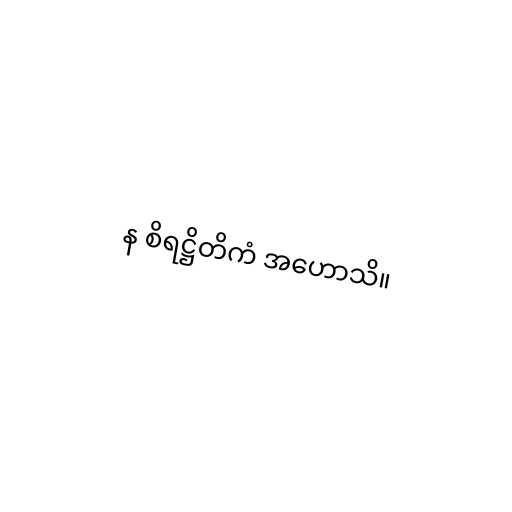
န စိရဋ္ဌိတိကံ အဟောသိ။